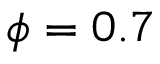
\phi = 0 . 7